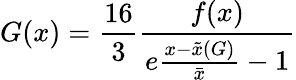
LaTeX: G(x)=\frac{16}{3}\frac{f(x)}{e\frac{x-\tilde{x}(G)}{\bar{x}}-1}